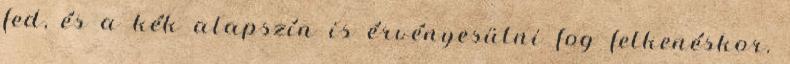
fed, és a kék alapszín is érvényesülni fog felkenéskor.